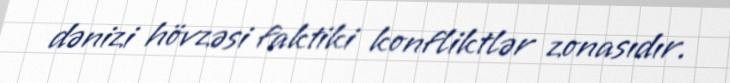
dənizi hövzəsi faktiki konfliktlər zonasıdır.